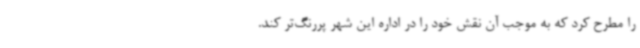
را مطرح کرد که به موجب آن نقش خود را در اداره این شهر پررنگ‌تر کند.